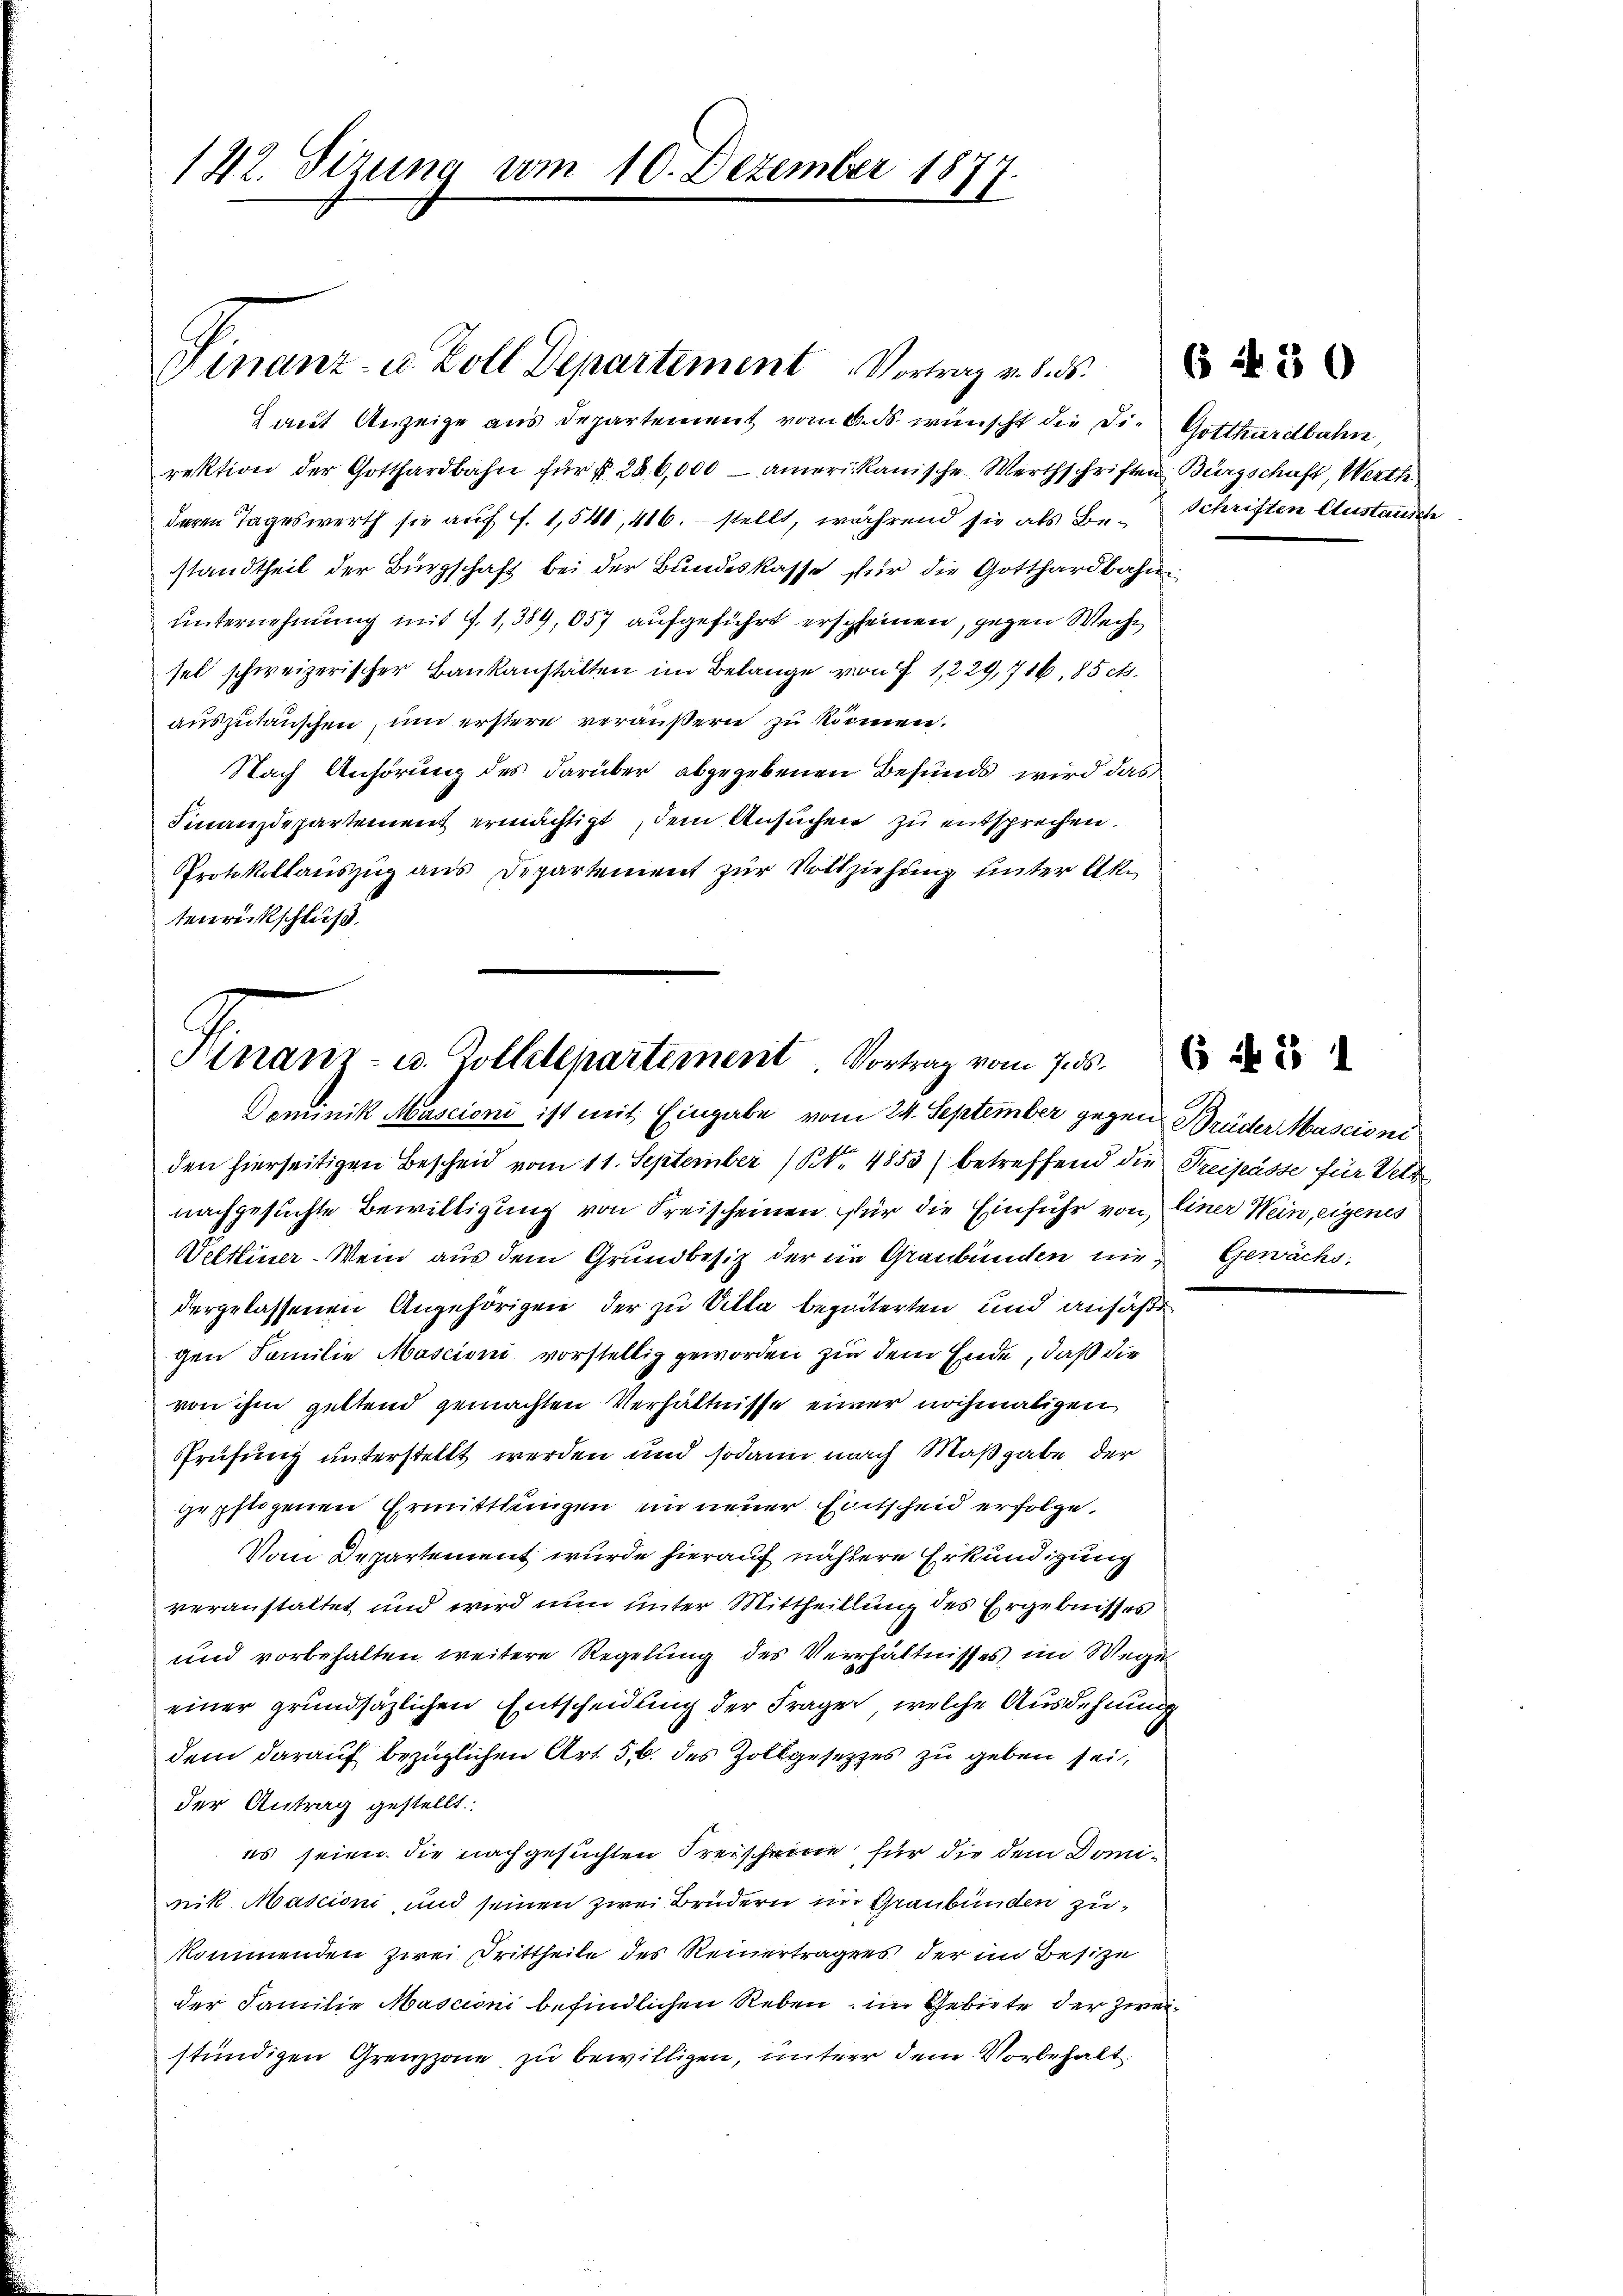
142. Sizung vom 10. Dezember 187
.

Finanz- u. Zoll Departement Vortrag v. 8. ds.

Laŭt Anzeige aus Departement vom 6. ds. wünscht die Die Gotthardbahn,
rektion der Gotthardbahn für § 286,000 - amerikanische Werthschriften Bürgschaft, Werth
deren Tageswerth sie auf f. 1,541, 416. stellt, während sie als Be- Schriften Austausch
standtheil der Bürgschaft bei der Bundeskasse für die Gotthardbahn-
unternehmung mit 9. 1,389, 057 aufgeführt erscheinen, gegen Wechsel schweizerischer Bankanstätten im Belange von § 1229, 716. 85 cts.
auszutauschen, und erstern veräußern zu können.
Nach Anhörung des darüber abgegebenen Befunds wird das
Finanzdepartement ermächtigt, dem Ansuchen zu entsprechen.
Protokollauszug aus Departement zur Vollziehung unter Aktenrückschluß

Kinanz- u. Zollitepartement. Vortrag vom 7. ds.

Dominik Muscioni ist mit Eingabe vom 24. September gegen Brüder Mascioni
den hierseitigen Bescheid vom 11. September No. 4853) betreffend die Freigasse für Vett
nachgesuchte Bewilligung von Freischeinen für die Einfuhr von einer Wein, eigenes
Veltliner. Wenn aus dem Grundbesitz der im Graubünden nie Gewächs
dergelassenen Angehörigen der zu Villa bezeiterten und ansäße
gen Familie Mascioni vorstellig geworden zu dem Ende, daß die
von ihm geltend gemachten Verhältnisse einer nochmaligen
Prüfung unterstellt werden und sodann nach Maßgabe der
gepflogenen Ermittlungen im neuer Entscheid erfolge,
Vom Departement wurde hierauf nähere Erkundigung
veranstaltet und wird nun unter Mittheillung des Ergebnisses
und vorbehalten weitere Regelung des Verhältnisses im Wegen
einer grundsätzlichen Entscheidung der Fragen, welche Ausdehnung
dem darauf bezüglichen Art. 5, 6. des Zollgesetzes zu geben sei,
der Antrag gestellt.
es seien die nachgesuchten Freischeine für die dem Dominik Mascioni, und seinen zwei Brüdern im Graubünden zukommenden zwei Drittheile des Reinertragens der im Besize
der Familie Mascioni befindlichen Reben, im Gebiete der Zweistündigen Grenzzone zu bewilligen, untere dem Vorbehalt

6 f 30

6 f 1 1